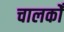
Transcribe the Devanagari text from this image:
चालकोँ